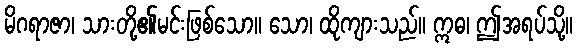
မိဂရာဇာ၊ သားတို့၏မင်းဖြစ်သော။ သော၊ ထိုကျားသည်။ ဣဓ၊ ဤအရပ်သို့။